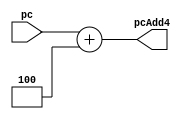
`timescale 1ns / 1ps
//////////////////////////////////////////////////////////////////////////////////
// Company: 
// Engineer: 
// 
// Design Name: 
// Module Name: pc_add_4
// Project Name: 
// Target Devices: 
// Tool Versions: 
// Description: 
// 
// Dependencies: 
// 
// Revision:
// Revision 0.01 - File Created
// Additional Comments:
// 
//////////////////////////////////////////////////////////////////////////////////


module pc_add_4(
    input [31:0] pc,
    output reg [31:0] pcAdd4
    );
    initial pcAdd4=0;
    
    always @ (pc)
    begin
        pcAdd4=pc+4;
    end
    
endmodule